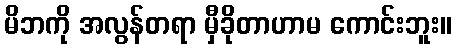
မိဘကို အလွန်တရာ မှီခိုတာဟာမ ကောင်းဘူး။